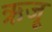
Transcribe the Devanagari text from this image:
ऋजू